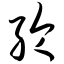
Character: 纶